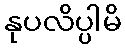
နုပလိပ္ပါမိ